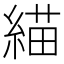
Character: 緢